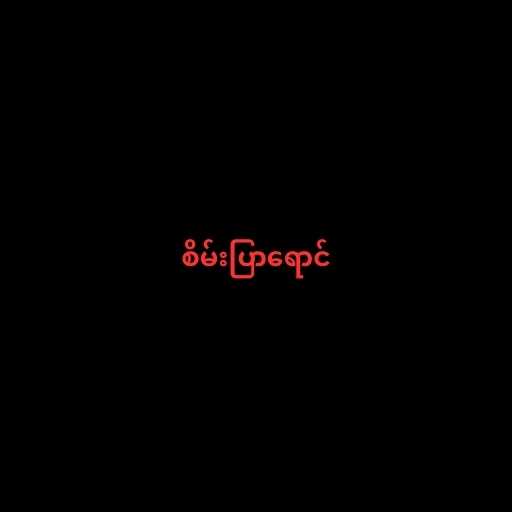
စိမ်းပြာရောင်